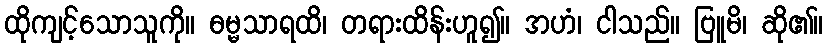
ထိုကျင့်သောသူကို။ ဓမ္မသာရထိ၊ တရားထိန်းဟူ၍။ အဟံ၊ ငါသည်။ ဗြူမိ၊ ဆို၏။